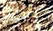
إنسحب